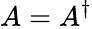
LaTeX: A=A^{\dagger}